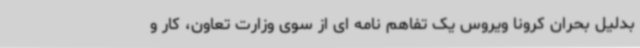
بدلیل بحران کرونا ویروس یک تفاهم نامه ای از سوی وزارت تعاون، کار و